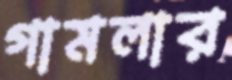
গামলার